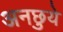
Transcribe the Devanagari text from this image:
अनछुये